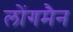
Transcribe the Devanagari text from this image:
लोंगमैन